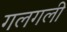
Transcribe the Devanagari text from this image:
गलगली